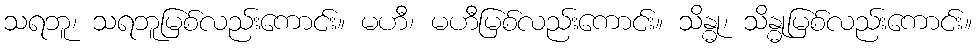
သရဘူ၊ သရဘူမြစ်လည်းကောင်း။ မဟီ၊ မဟီမြစ်လည်းကောင်း။ သိန္ဓု၊ သိန္ဓုမြစ်လည်းကောင်း။